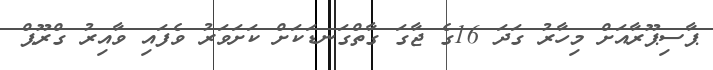
ޕާސިޕޫރާއަށް މިހާރު ގަދަ 16ގެ ޖާގަ ގާތްގަނޑަކަށް ކަށަވަރު ވެފައި ވާއިރު ގްރޫޕް